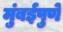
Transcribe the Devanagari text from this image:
मुंबईपुणे